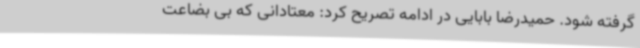
گرفته شود. حمیدرضا بابایی در ادامه تصریح کرد: معتادانی که بی بضاعت